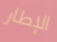
الإطار